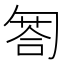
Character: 匒